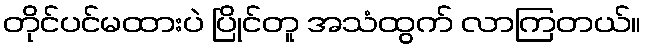
တိုင်ပင်မထားပဲ ပြိုင်တူ အသံထွက် လာကြတယ်။